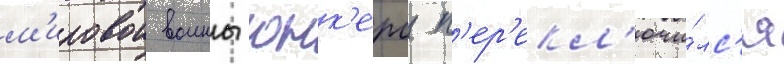
м'ировои воины юнк'ерс п'ер'екл'ючи́лс'я